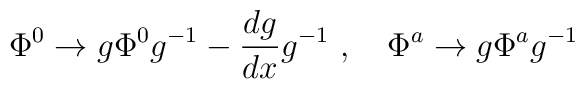
\Phi^0 \to g\Phi^0 g^{-1}-\frac{dg}{dx}g^{-1}\ ,\quad\Phi^a \to g \Phi^a g^{-1}